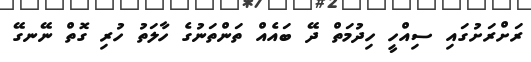
ރަށްރަށުގައި ސިއްހީ ހިދުމަތް ދޭ ބައެއް ތަންތަނުގެ ހާލަތު ހުރި ގޮތް ނޭނގޭ